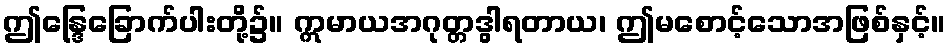
ဤန္ဒြေခြောက်ပါးတို့၌။ ဣမာယအဂုတ္တဒွါရတာယ၊ ဤမစောင့်သောအဖြစ်နှင့်။